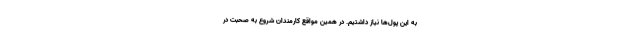
به این پول‌ها نیاز داشتیم. در همین مواقع کارمندان شروع به صحبت در